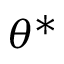
\theta ^ { * }